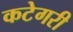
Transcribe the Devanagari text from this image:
कटेगरी